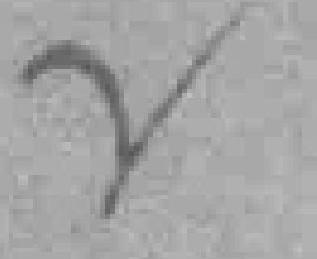
2